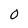
Character: 0